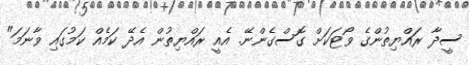
ސީދާ ރައްޔިތުންގެ ވޯޓަކަށް ގޮސްގެންނޭ. އެއީ ރައްޔިތުން އެދޭ ކަމެއް ކަމުގައި ވާނަމަ"